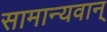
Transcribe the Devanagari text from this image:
सामान्यवान्